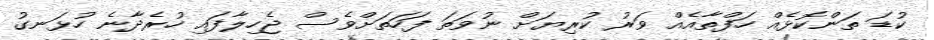
ކުޑަ ތަންކޮޅެއް ހަފްތާއެއް ވަރު ކުރިޔަށް ނުވަތަ ފަހަތަށްވެސް ޖެހިލާފައި ހުރެދާނެ ހުޅަނގު